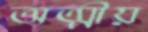
অত্মীয়